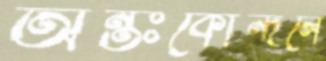
অন্তঃকোন্দলে